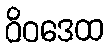
ဝိဝဒေထ